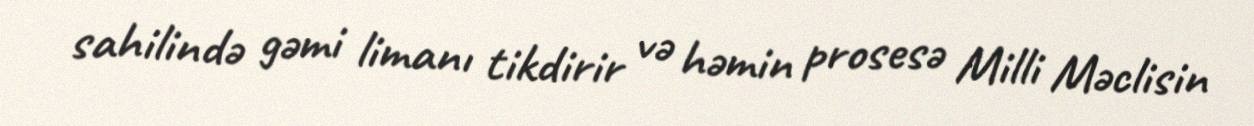
sahilində gəmi limanı tikdirir və həmin prosesə Milli Məclisin